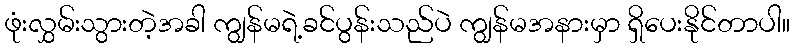
ဖုံးလွှမ်းသွားတဲ့အခါ ကျွန်မရဲ့ခင်ပွန်းသည်ပဲ ကျွန်မအနားမှာ ရှိပေးနိုင်တာပါ။